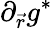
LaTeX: \partial_{\vec{r}}g^{\ast}